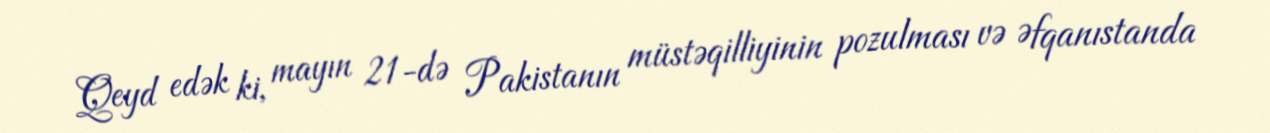
Qeyd edək ki, mayın 21-də Pakistanın müstəqilliyinin pozulması və Əfqanıstanda